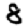
Digit: 8